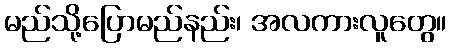
မည်သို့ပြောမည်နည်း၊ အလကားလူတွေ။